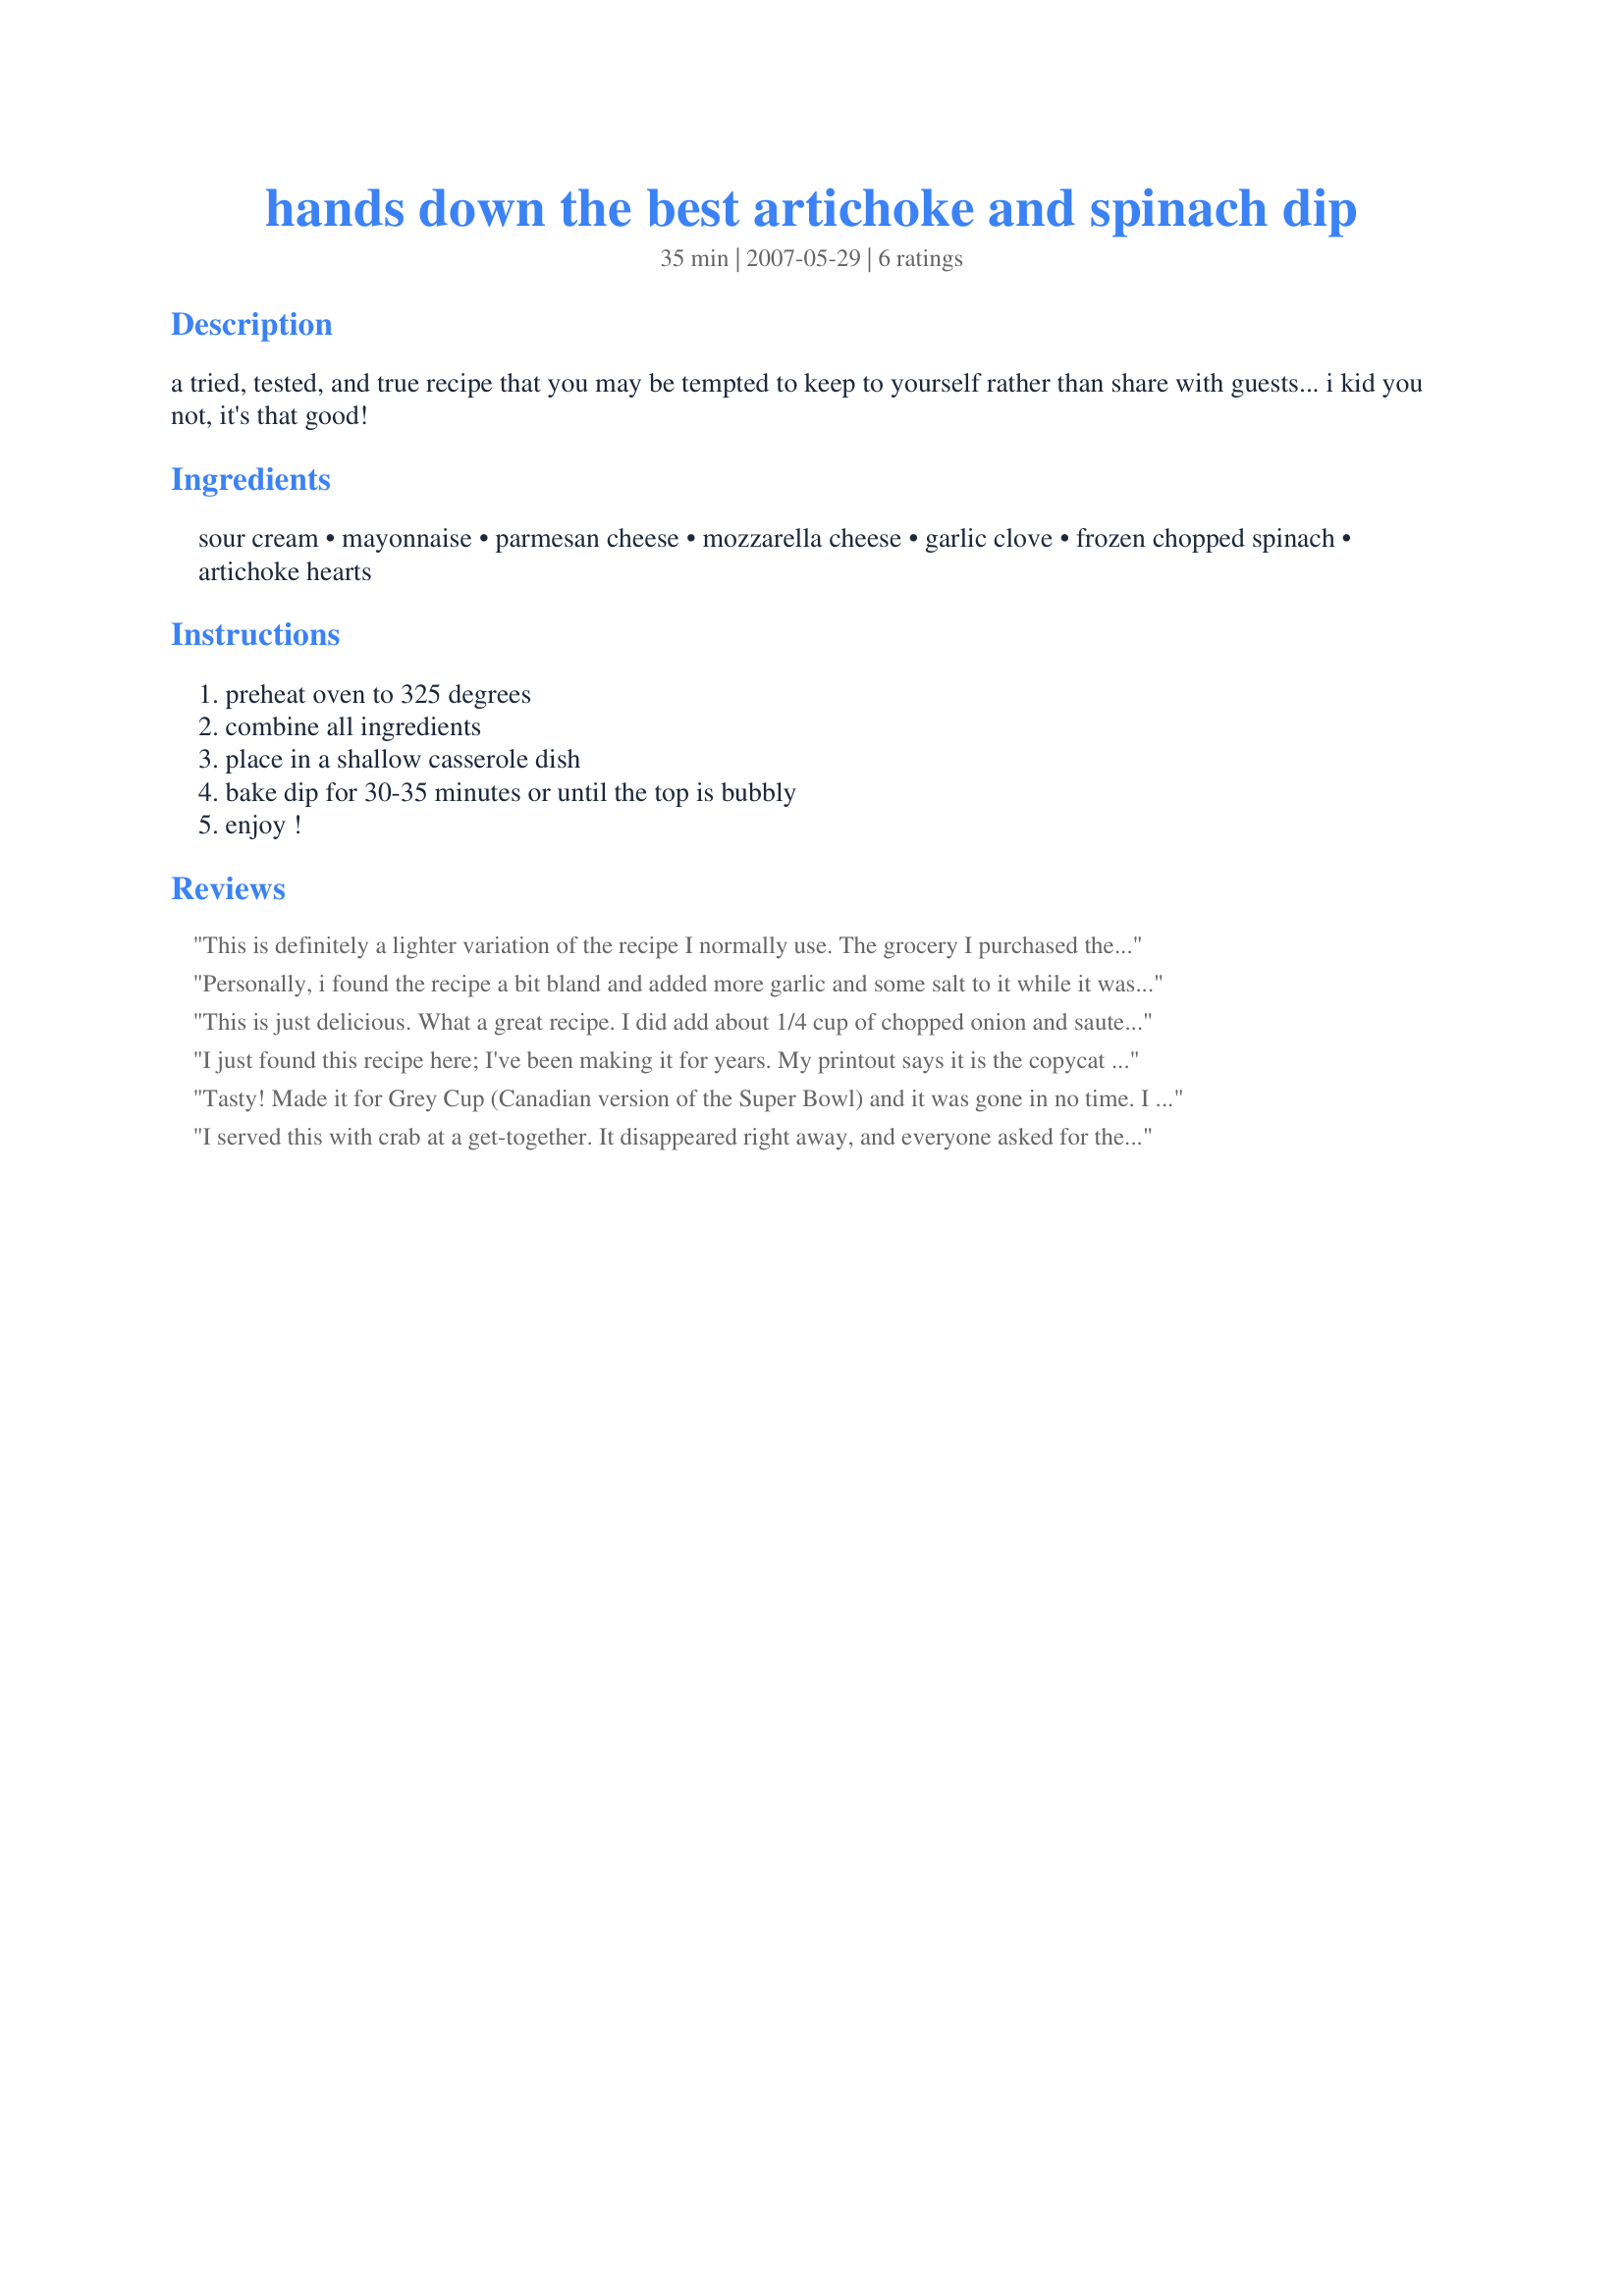
hands down the best artichoke and spinach dip
Preparation time: 35 minutes

a tried, tested, and true recipe that you may be tempted to keep to yourself rather than share with guests... i kid you not, it's that good!

Ingredients:
sour cream, mayonnaise, parmesan cheese, mozzarella cheese, garlic clove, frozen chopped spinach, artichoke hearts

Steps:
preheat oven to 325 degrees, combine all ingredients, place in a shallow casserole dish, bake dip for 30-35 minutes or until the top is bubbly, enjoy !

Reviews:
This is definitely a lighter variation of the recipe I normally use. The grocery I purchased the ingredients from did not have frozen spinach or regular artichoke hearts. I had to buy marinated artichokes...and I rinsed them before mixing in. I also used canned spinach instead of frozen. Both ingredient worked out okay, but I would not use marinated artichokes in the future if I can avoid it...they overpower the dish a bit. Made for PAC 2009
Personally, i found the recipe a bit bland and added more garlic and some salt to it while it was baking, which did the trick. I also added more mayo to the dip as I thought it wasn't creamy enough. I also used 2% shredded cheese, low fat sour cream and light mayo. You don't notice the lower fat versions at all in this dish. Very good starting point though and will definitely make again.
This is just delicious. What a great recipe. I did add about 1/4 cup of chopped onion and sauteed that with the garlic before adding to the other ingredients. I also needed to add a little more mayo and sour cream to make it a little creamier. I used light sour cream and light mayo and it worked out perfect. This will be enjoyed tonight at our family Christmas gathering. Thanks for sharing.
I just found this recipe here; I've been making it for years. My printout says it is the copycat of TGIF's recipe, if you know that chain. The only thing I do differently is to cook it longer; more like a half an hour. I absolutely love this stuff! I've had no problem using lowfat ingredients, and the bagged shredded mozzarella. Thank you for posting!
Edited to add: I hadn't made this for a while when I reviewed it. Just made it for the Superbowl, and I'd add that I cook it in a pyrex casserole dish with the lid on, and I use the water packed artichokes. I gently squeeze most of the water out of them before I chop them. 
Thanks again!
Tasty! Made it for Grey Cup (Canadian version of the Super Bowl) and it was gone in no time. I took cooked it longer, about half an hour. Great recipe!
I served this with crab at a get-together. It disappeared right away, and everyone asked for the recipe.
